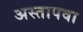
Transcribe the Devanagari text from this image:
अस्तापवा